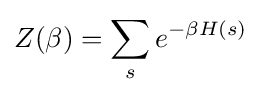
Z(\beta )=\sum _{s}e^{-\beta H(s)}